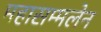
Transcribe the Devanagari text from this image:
महासम्मलेन